65_HS1-834228961_62-HQ-83894_Section_5
Agency: FBI
Page 59
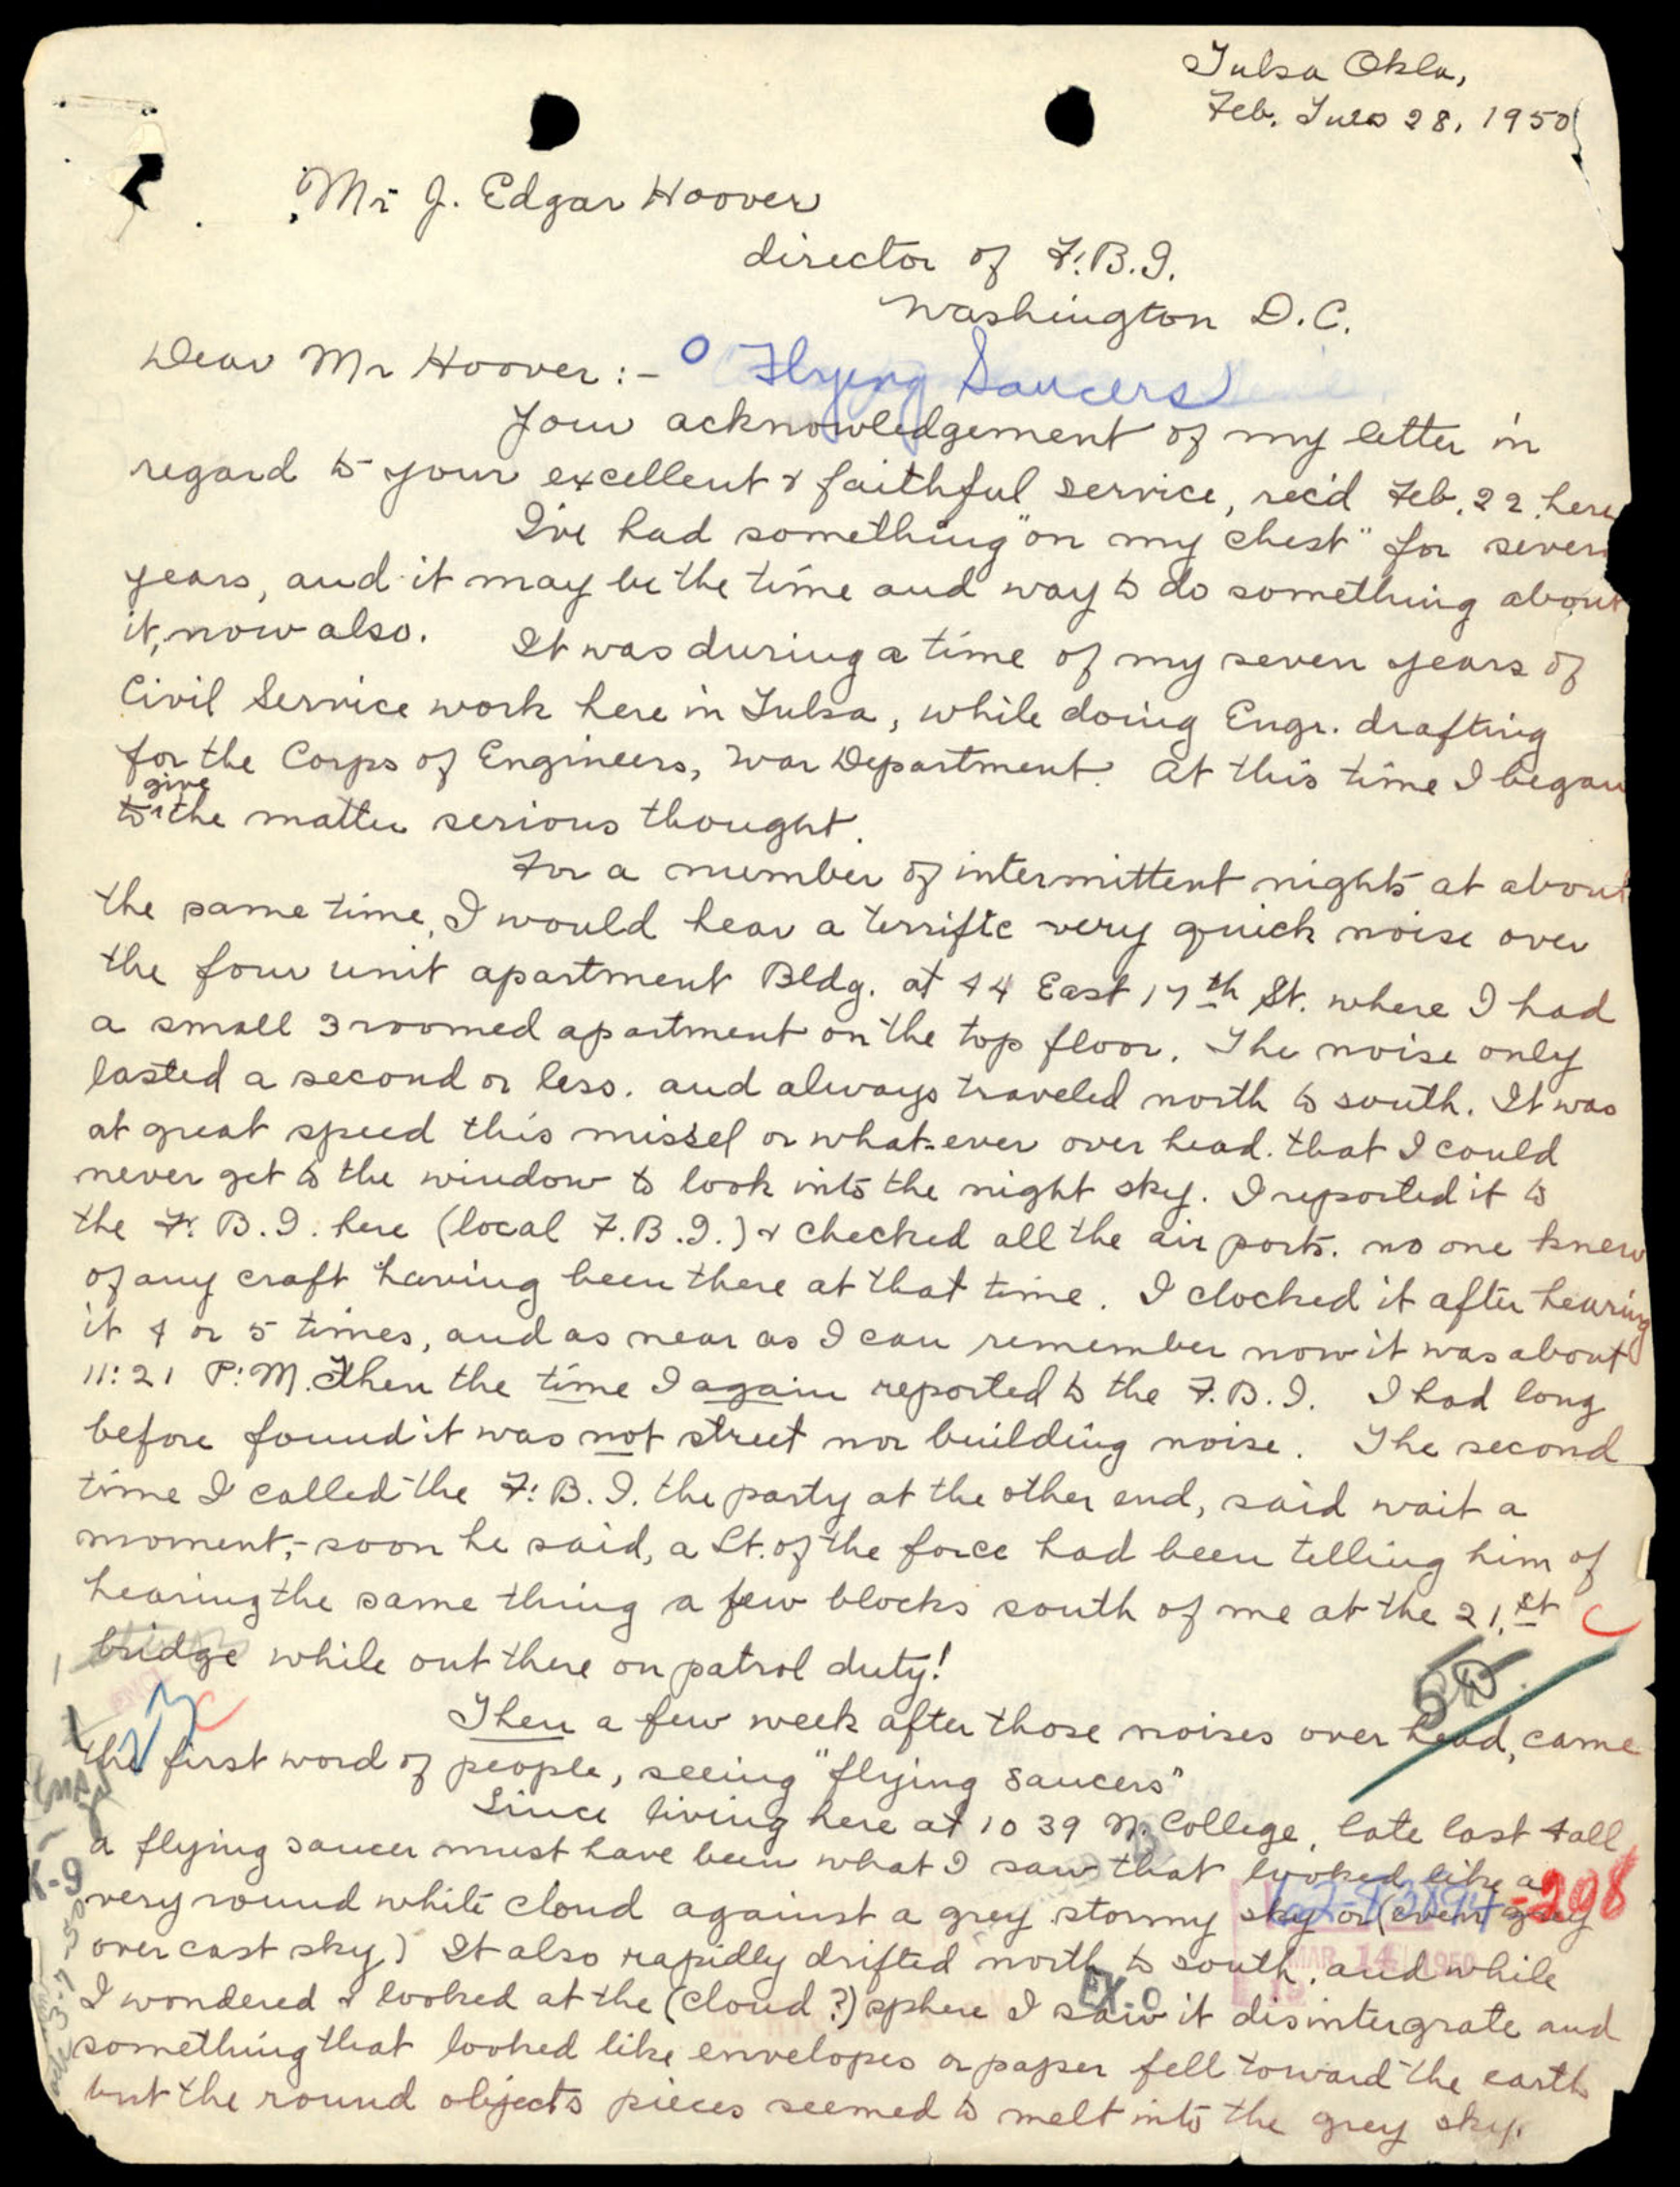